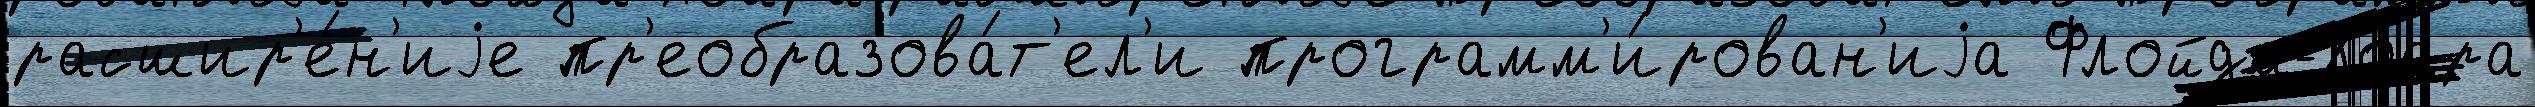
расшир'е́н'иjе пр'еобразова́т'ел'и программ'и́рован'иjа Флойда-Хоара